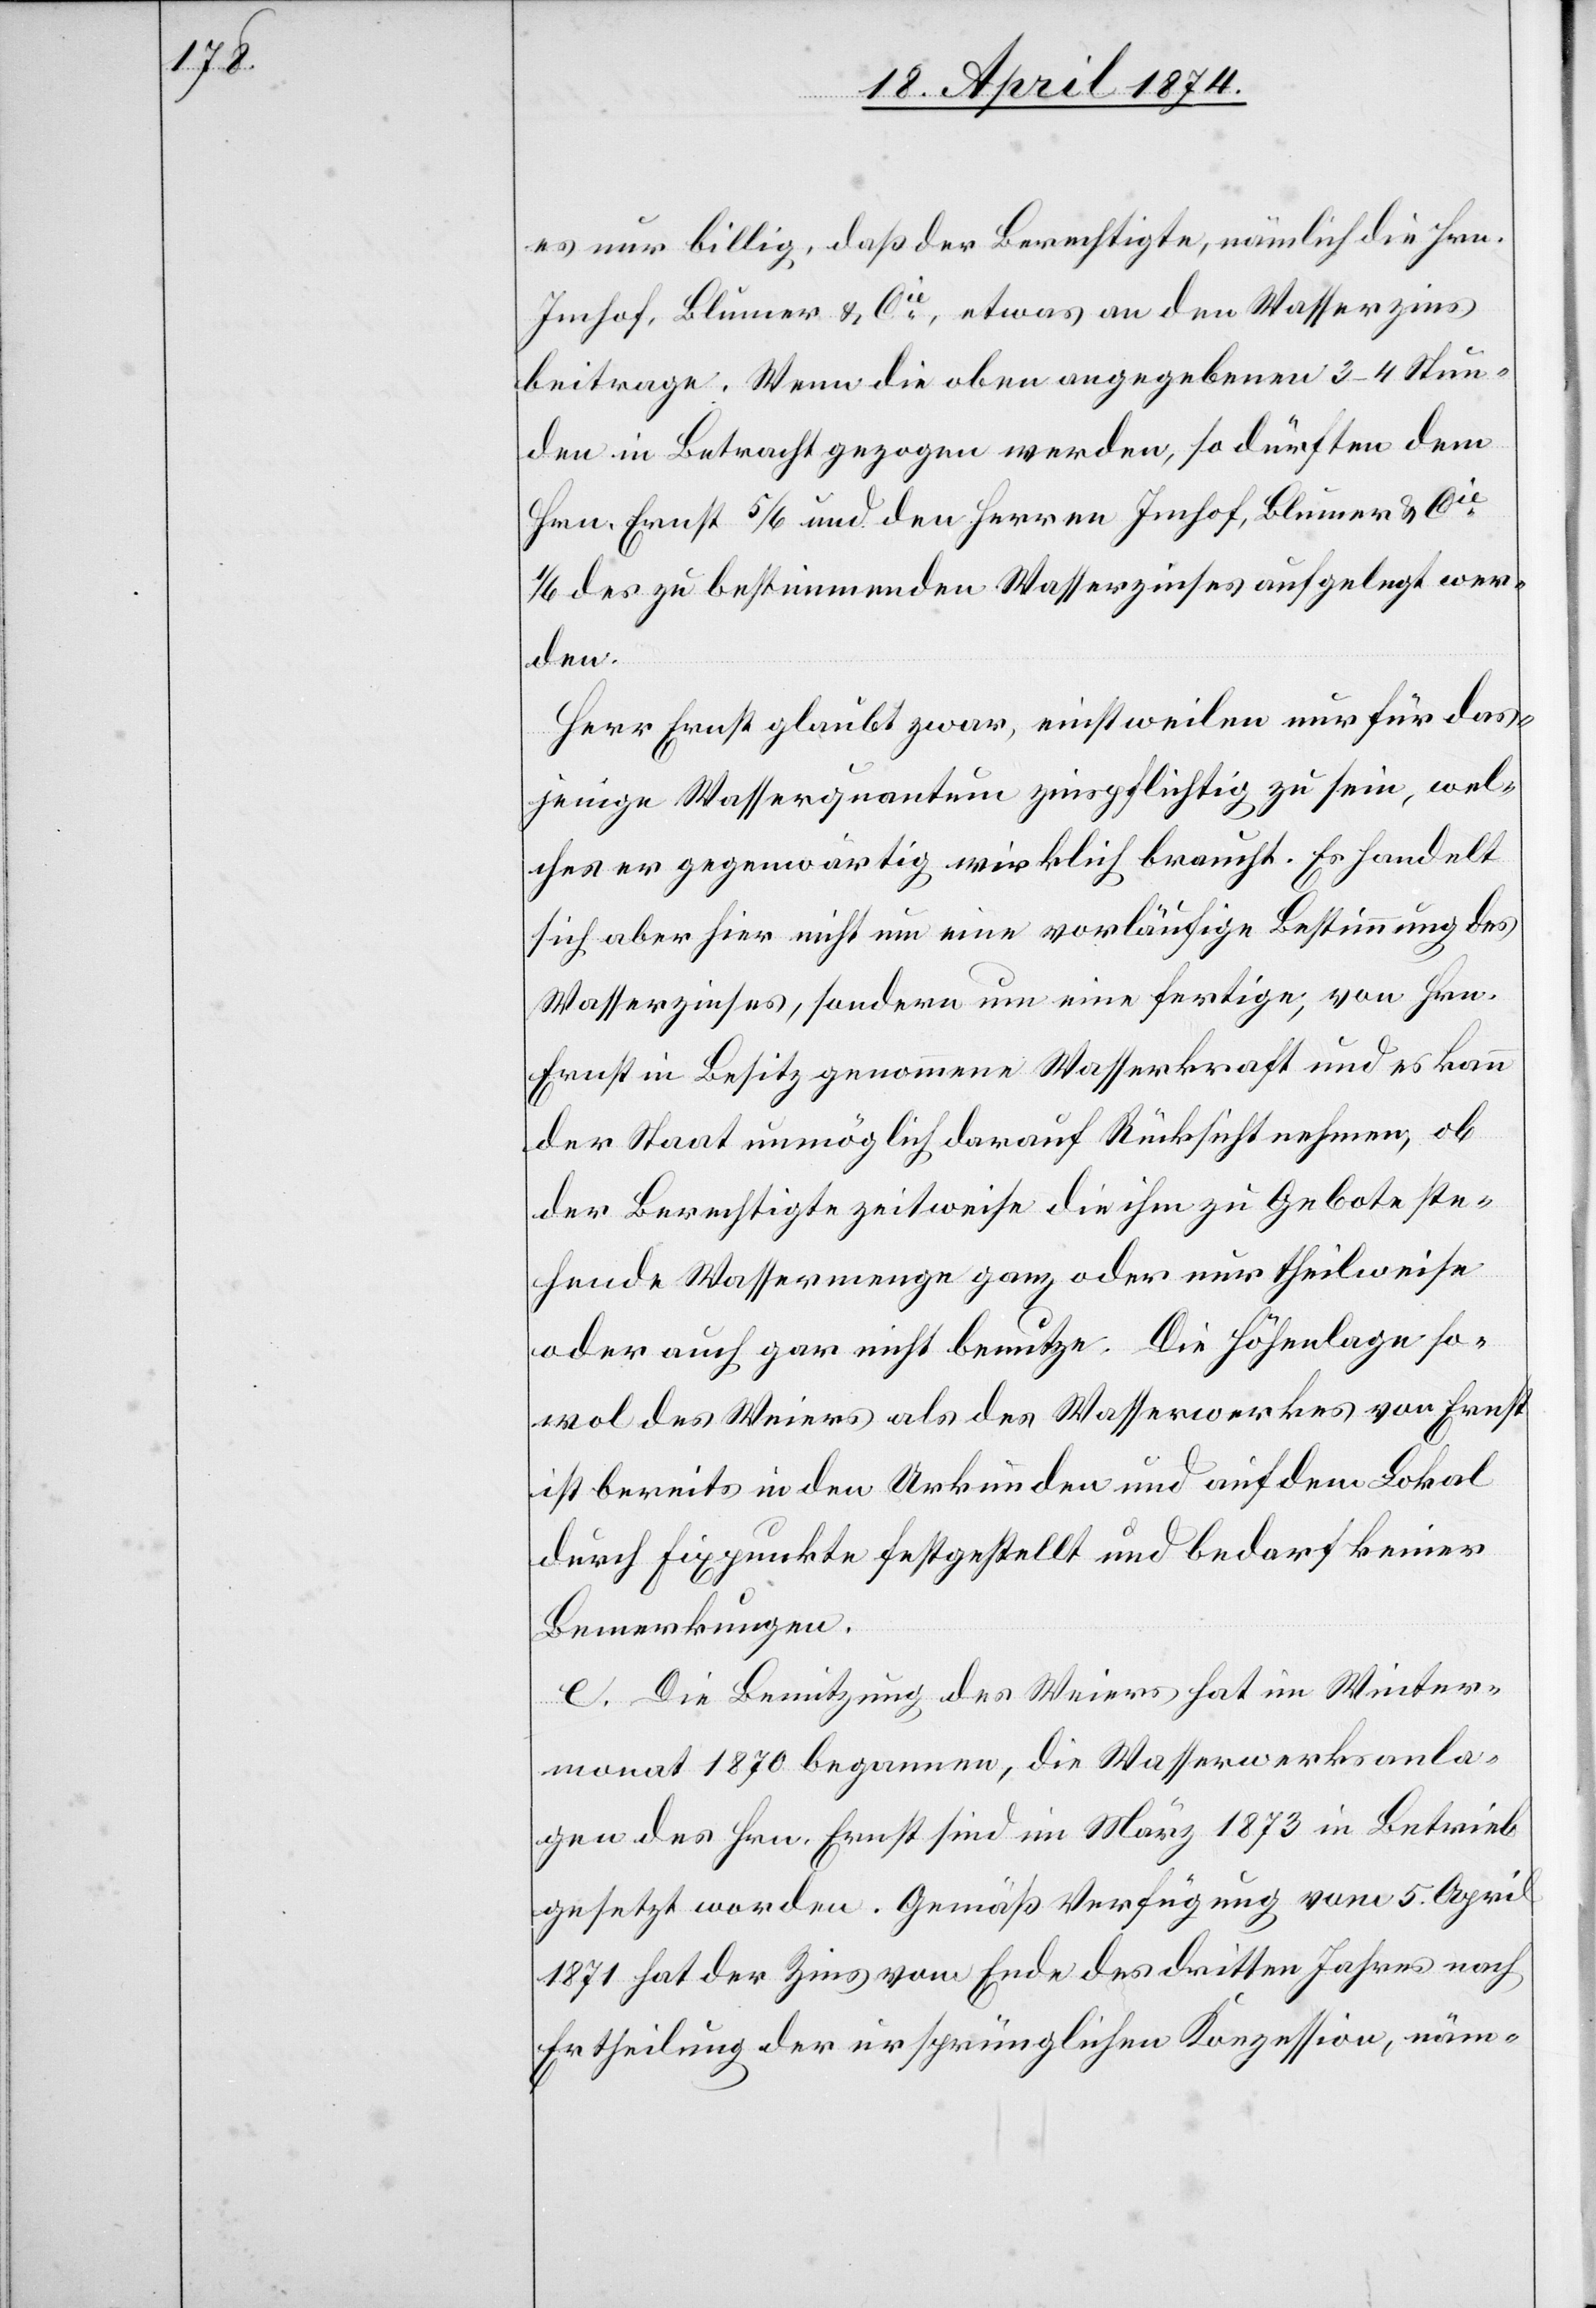
es nur billig, daß der Berechtigte, nämlich die Hrn.
Imhof, Blumer u. Cie, etwas an den Wasserzins
beitrage. Wenn die oben angegebenen 3–4 Stun¬
den in Betracht gezogen werden, so dürften dem
Hrn. Ernst 5/6 und den Herren Imhof, Blumer u. Cie
1/6 des zu bestimmenden Wasserzinses aufgelegt wer¬
den.
Herr Ernst glaubt zwar, einstweilen nur für das¬
jenige Wasserquantum zinspflichtig zu sein, wel¬
ches er gegenwärtig wirklich braucht. Es handelt
sich aber hier nicht um eine vorläufige Bestimmung des
Wasserzinses, sondern um eine fertige, von Hrn.
Ernst in Besitz genommene Wasserkraft und es kann
der Staat unmöglich darauf Rücksicht nehmen, ob
der Berechtigte zeitweise die ihm zu Gebote ste¬
hende Wassermenge ganz oder nur theilweise
oder auch gar nicht benutze. Die Höhenlage so¬
wol des Weiers als des Wasserwerkes von Ernst
ist bereits in den Urkunden und auf dem Lokal
durch Fixpunkte festgestellt und bedarf keiner
Bemerkungen.
[sic!] Die Benutzung des Weiers hat im Winter¬
monat 1870 begonnen, die Wasserwerksanla¬
gen des Hrn. Ernst sind im März 1873 in Betrieb
gesetzt worden. Gemäß Verfügung vom 5. April
1871 hat der Zins von Ende des dritten Jahres nach
Ertheilung der ursprünglichen Konzession, näm-